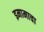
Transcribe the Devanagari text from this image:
इमामाचा